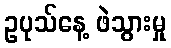
ဥပုသ်နေ့ ဖဲသွားမှု